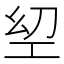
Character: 𢀟